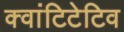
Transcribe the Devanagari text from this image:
क्वांटिटेटिव